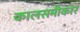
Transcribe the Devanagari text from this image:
कालसमीकार